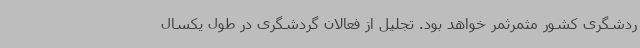
ردشگری کشور مثمرثمر خواهد بود. تجلیل از فعالان گردشگری در طول یکسال